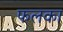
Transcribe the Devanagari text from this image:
फलका